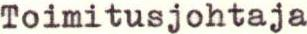
Toimitusjohtaja